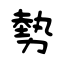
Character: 勢